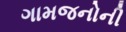
ગામજનોની